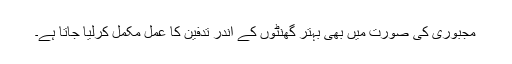
مجبوری کی صورت میں بھی بہتر گھنٹوں کے اندر تدفین کا عمل مکمل کرلیا جاتا ہے۔